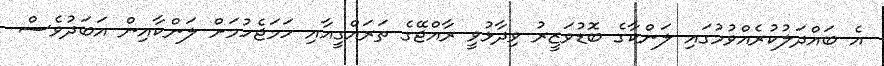
އެ ބައްދަލުކުރެއްވުމުގައި ލަންކާގެ ބޮޑުވަޒީރު ވިދާޅުވީ ރާއްޖޭގެ ތަރައްގީއާއި ހަމަޖެހުމަށް ލަންކާއިން އަބަދުވެސް